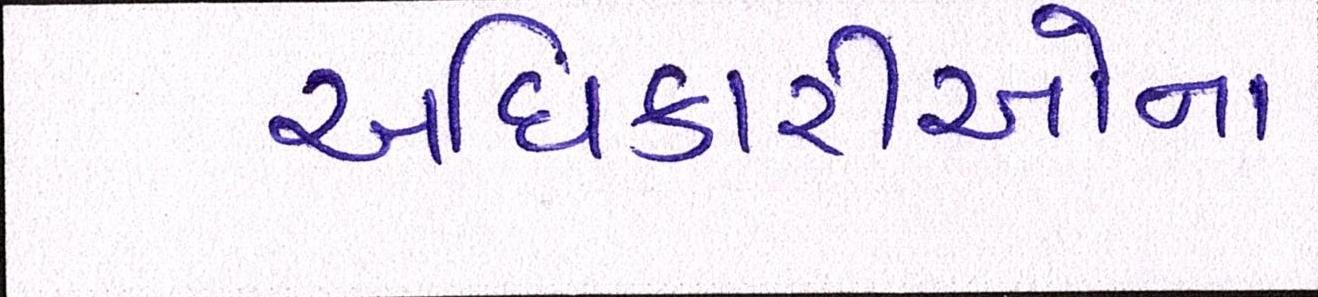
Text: અધિકારીઓના